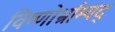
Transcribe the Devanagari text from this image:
विष्णोर्भ्राम्यद्